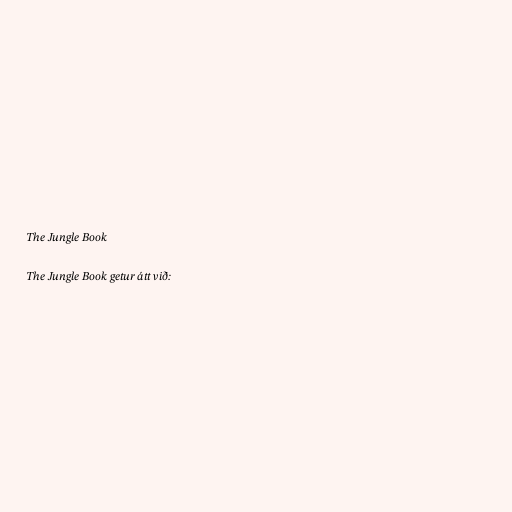
The Jungle Book

The Jungle Book getur átt við: